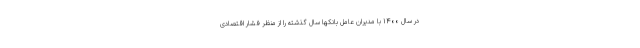
در سال ۱۴۰۰ با مدیران عامل بانکها سال گذشته را از منظر فشار اقتصادی